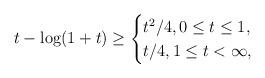
LaTeX: \begin{align*}t - \log(1+ t) \geq \begin{cases}t^2/4, 0 \leq t \leq 1, \\t/4, 1 \leq t < \infty,\end{cases}\end{align*}